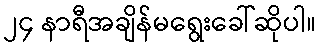
၂၄ နာရီအချိန်မရွေးခေါ်ဆိုပါ။